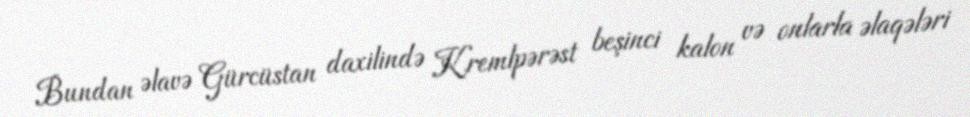
Bundan əlavə Gürcüstan daxilində Kremlpərəst beşinci kalon və onlarla əlaqələri